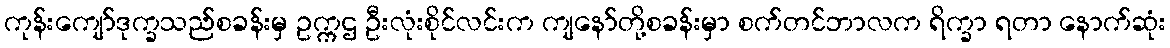
ကုန်းကျော်ဒုက္ခသည်စခန်းမှ ဥက္ကဌ ဦးလုံးစိုင်လင်းက ကျနော်တို့စခန်းမှာ စက်တင်ဘာလက ရိက္ခာ ရတာ နောက်ဆုံး